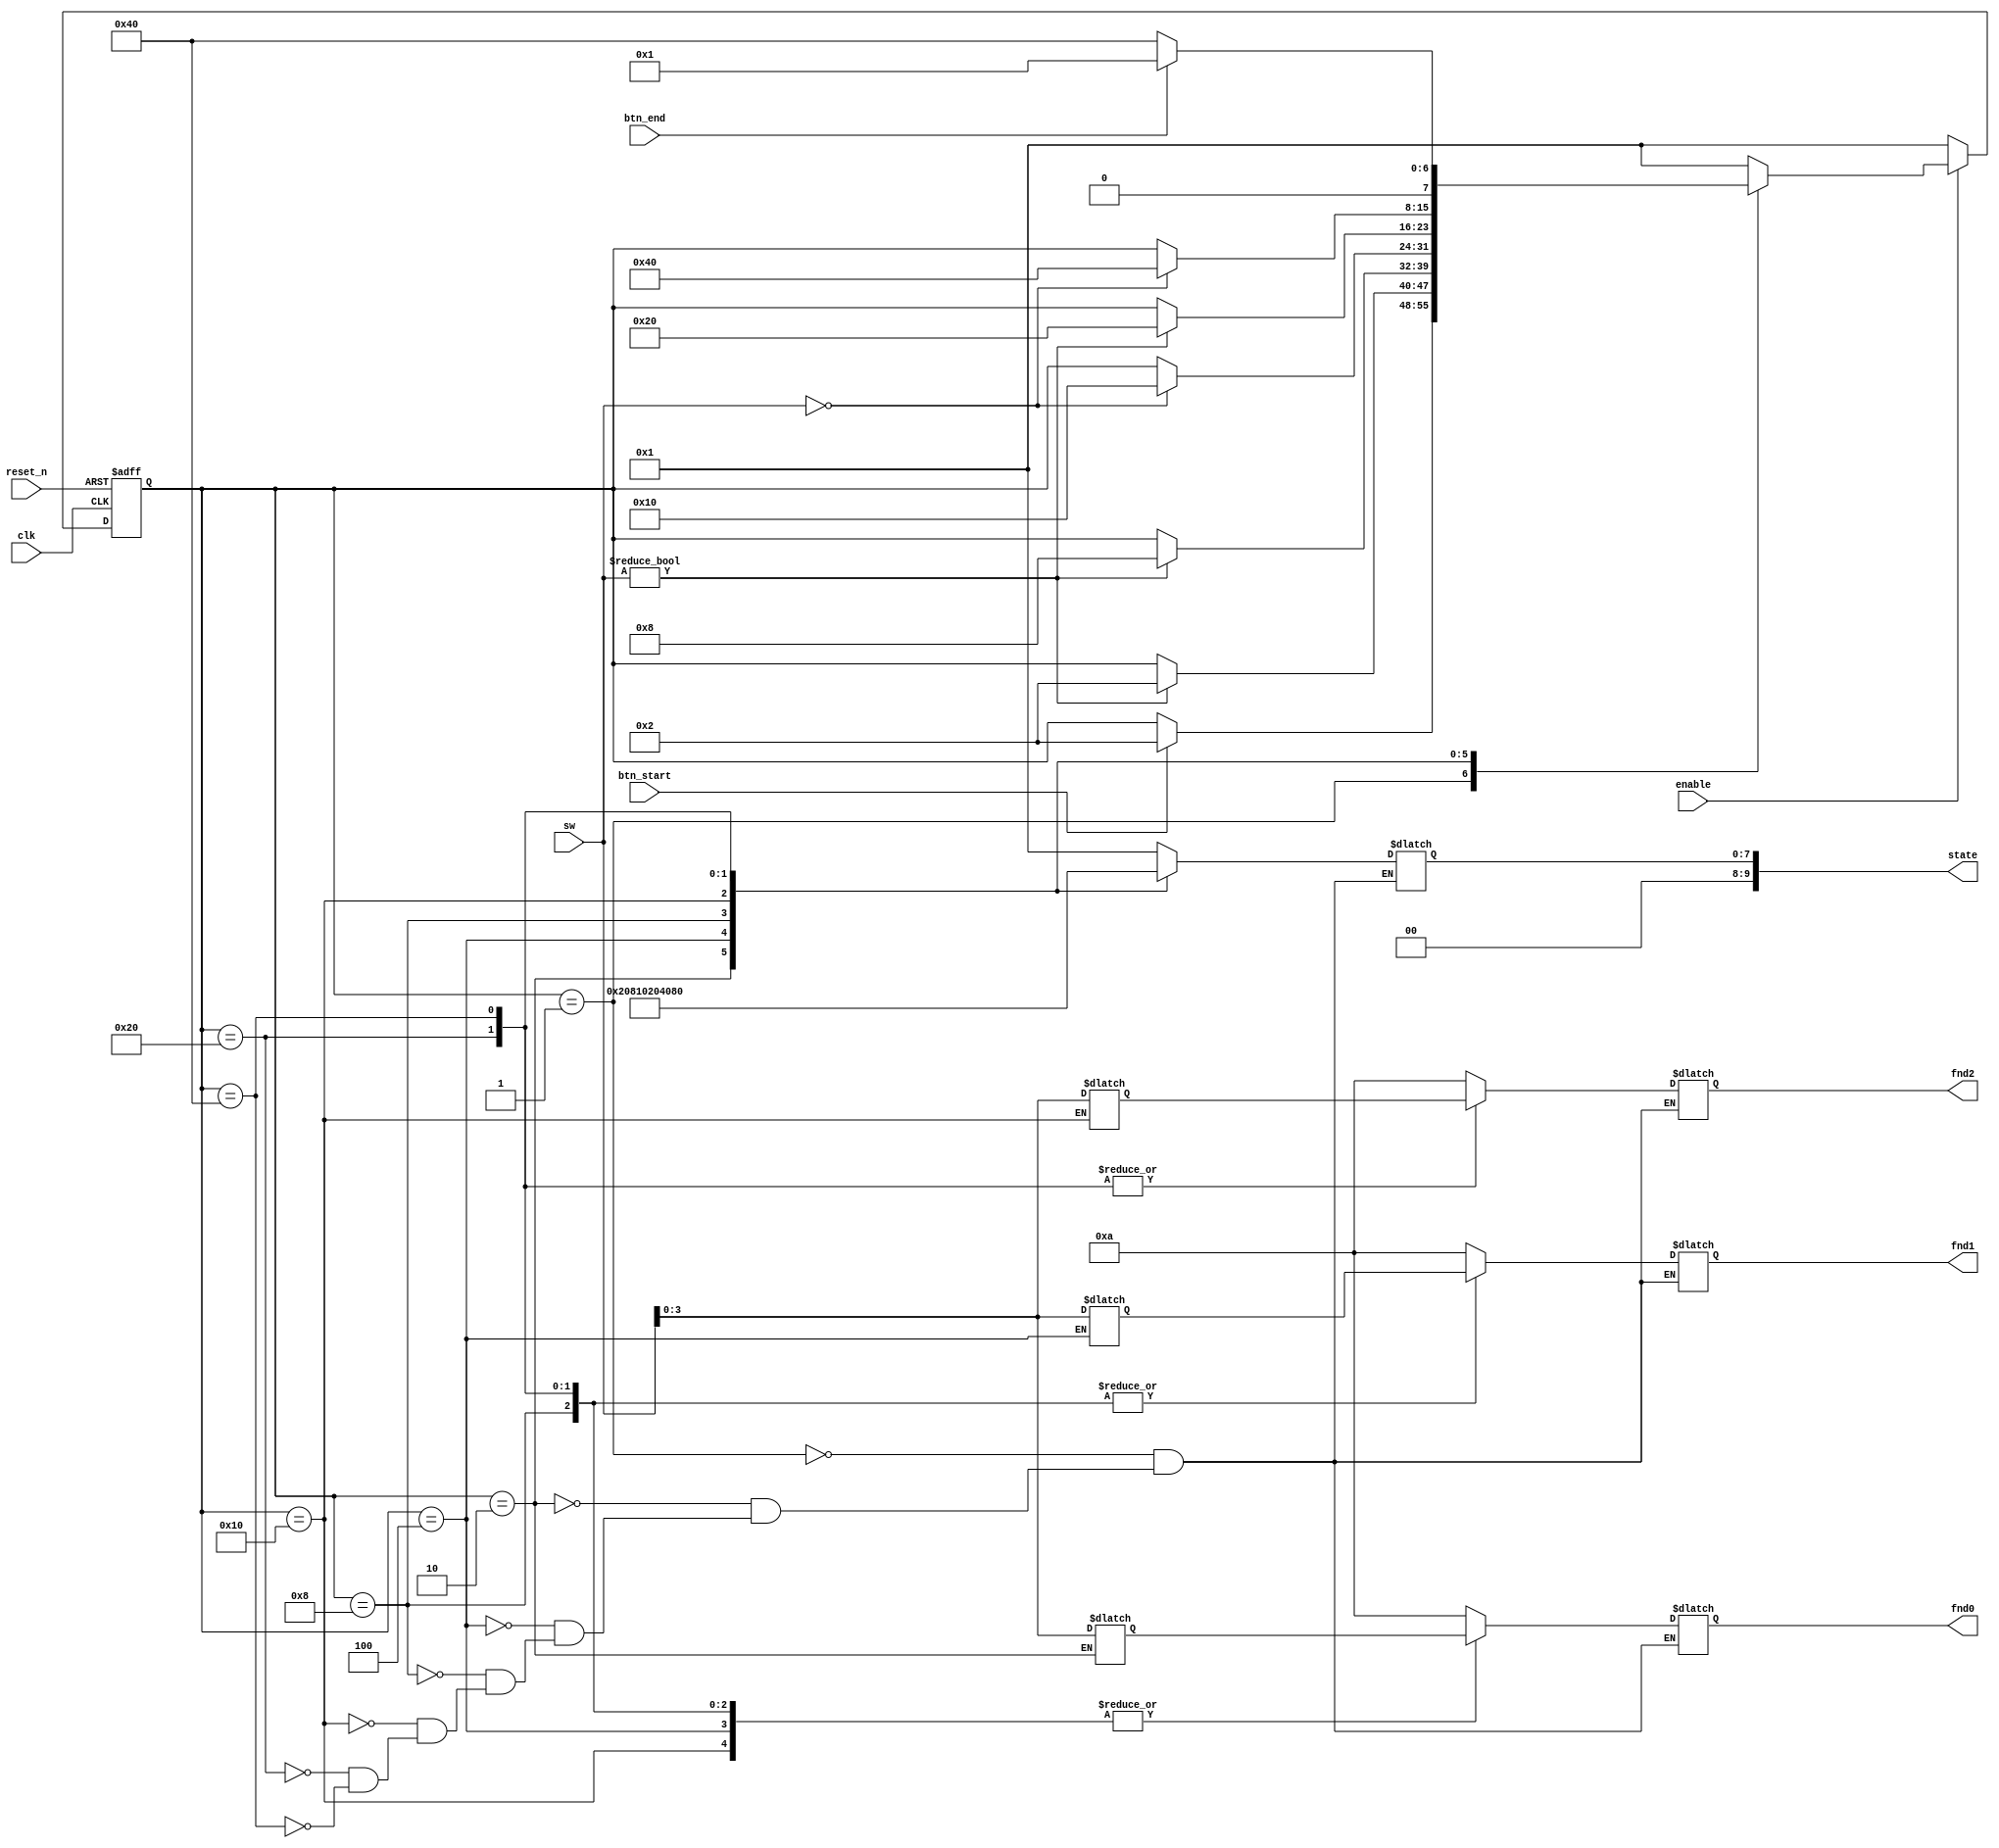
module fsm2( 
input clk,
input reset_n,
input btn_start,
input btn_end,
input [7:0] sw,
input enable,
output [9:0] state,
output [3:0] fnd0,
output [3:0] fnd1,
output [3:0] fnd2
);


reg [7:0] sw_in1, sw_in2, sw_in3;

parameter S0 = 7'b000_0001,
	  S1 = 7'b000_0010,
	  S2 = 7'b000_0010,
	  S3 = 7'b000_0100,
	  S4 = 7'b000_1000,
	  S5 = 7'b001_0000,
	  S6 = 7'b010_0000,
	  S7 = 7'b100_0000;

reg [7:0] cst , nxt;
reg [3:0] fnd0_temp, fnd1_temp, fnd2_temp;
reg [7:0] state_temp;

always@(posedge clk or negedge reset_n) begin
if(!reset_n) 
	cst <= S0;
else
	cst <= (enable== 1'b1)? nxt : S0;
end

always@(cst) begin

case(cst)  S0: nxt <= (btn_start == 1'b1) ? S1: cst;
	   S1: nxt <=(sw != 8'b0000_0000)? S2 : cst;
	   S2: nxt <=(sw == 8'b0000_0000) ? S3: cst;
	   S3: nxt <=(sw != 8'b0000_0000) ?S4: cst;
	   S4: nxt <=(sw == 8'b0000_0000)? S5: cst;
 	   S5: nxt <=(sw != 8'b0000_0000)? S6: cst;
	   S6: nxt <=(sw == 8'b0000_0000) ? S7: cst;
	   S7: nxt <=(btn_end == 1'b1) ? S0: S7;
	   default nxt <= S0;

endcase

end

always@(*) begin
case (cst) S0: begin fnd0_temp <= 4'hA ; fnd1_temp <= 4'hA ; fnd2_temp <= 4'hA ; 
                     state_temp <= 8'b0000_0001; end
	   S1: begin fnd0_temp <= 4'hA ; fnd1_temp <= 4'hA ; fnd2_temp <= 4'hA ; 
                     state_temp <= 8'b0000_0010;  sw_in1 <= sw; end
	   S2:begin fnd0_temp <= sw_in1 ; fnd1_temp <= 4'hA ; fnd2_temp <= 4'hA ; 
                     state_temp <= 8'b0000_0100; end
	   S3:begin fnd0_temp <= sw_in1 ; fnd1_temp <= 4'hA ; fnd2_temp <= 4'hA ; 
                     state_temp <= 8'b0000_1000; sw_in2 <= sw; end
	   S4:begin fnd0_temp <= sw_in1 ; fnd1_temp <= sw_in2; fnd2_temp <= 4'hA ; 
                     state_temp <= 8'b0001_0000; end
	   S5:begin fnd0_temp <= sw_in1 ; fnd1_temp <= 4'hA ; fnd2_temp <= 4'hA ; 
                     state_temp <= 8'b0010_0000; sw_in3 <= sw; end
	   S6:begin fnd0_temp <= sw_in1 ; fnd1_temp <= sw_in2; fnd2_temp <= sw_in3 ; 
                     state_temp <= 8'b0100_0000; end
	   S7:begin fnd0_temp <= sw_in1 ; fnd1_temp <= sw_in2; fnd2_temp <= sw_in3 ; 
                     state_temp <= 8'b1000_0000; end
endcase
end

assign fnd0 = fnd0_temp;
assign fnd1 = fnd1_temp;
assign fnd2 = fnd2_temp;
assign state = { 1'b0, state_temp};


endmodule